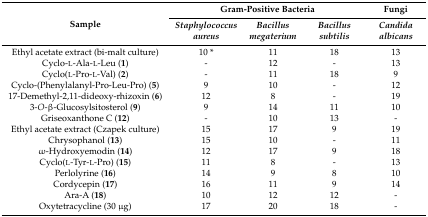
| <ROWSPAN=2> Sample | <COLSPAN=3> Gram-Positive Bacteria | Fungi |
 | Staphylococcus aureus | Bacillus megaterium | Bacillus subtilis | Candida albicans |
 | --- | --- | --- | --- | --- |
 | Ethyl acetate extract (bi-malt culture) | 10 * | 11 | 18 | 13 |
 | Cyclo-l-Ala-l-Leu (1) | - | 12 | - | 13 |
 | Cyclo(l-Pro-l-Val) (2) | - | 11 | 18 | 9 |
 | Cyclo-(Phenylalanyl-Pro-Leu-Pro) (5) | 9 | 10 | - | 12 |
 | 17-Demethyl-2,11-dideoxy-rhizoxin (6) | 12 | 8 | - | 19 |
 | 3-O-β-Glucosylsitosterol (9) | 9 | 14 | 11 | 10 |
 | Griseoxanthone C (12) | - | 10 | 13 | - |
 | Ethyl acetate extract (Czapek culture) | 15 | 17 | 9 | 19 |
 | Chrysophanol (13) | 15 | 10 | - | 11 |
 | ω-Hydroxyemodin (14) | 12 | 17 | 9 | 18 |
 | Cyclo(l-Tyr-l-Pro) (15) | 11 | 8 | - | 13 |
 | Perlolyrine (16) | 14 | 9 | 8 | 10 |
 | Cordycepin (17) | 16 | 11 | 9 | 14 |
 | Ara-A (18) | 10 | 12 | 12 | - |
 | Oxytetracycline (30 μg) | 17 | 20 | 18 | - |